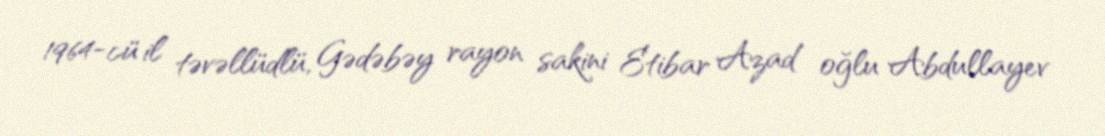
1964-cü il təvəllüdlü, Gədəbəy rayon sakini Etibar Azad oğlu Abdullayev